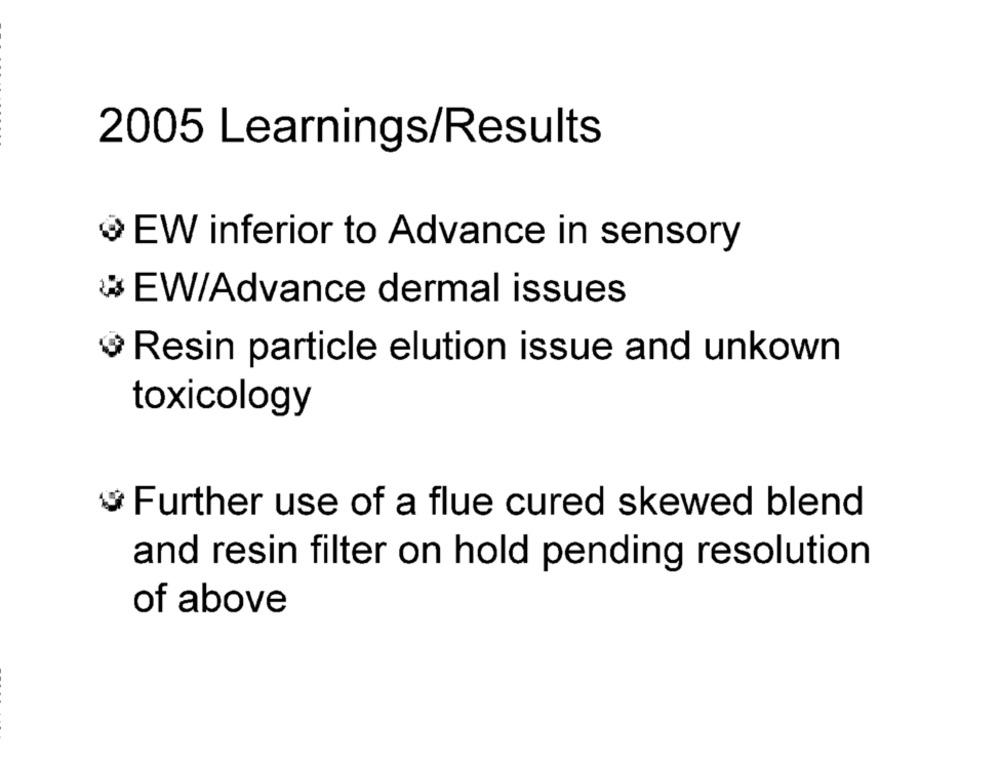
2005 Learnings/Results
EW inferior to Advance in sensory
EW/Advance dermal issues
Resin particle elution issue and unkown
toxicology
Further use of a flue cured skewed blend
and resin filter on hold pending resolution
of above